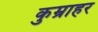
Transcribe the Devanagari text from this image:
कुम्राहर